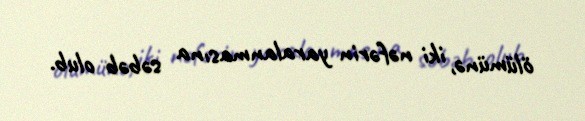
ölümünə, iki nəfərin yaralanmasına səbəb olub.